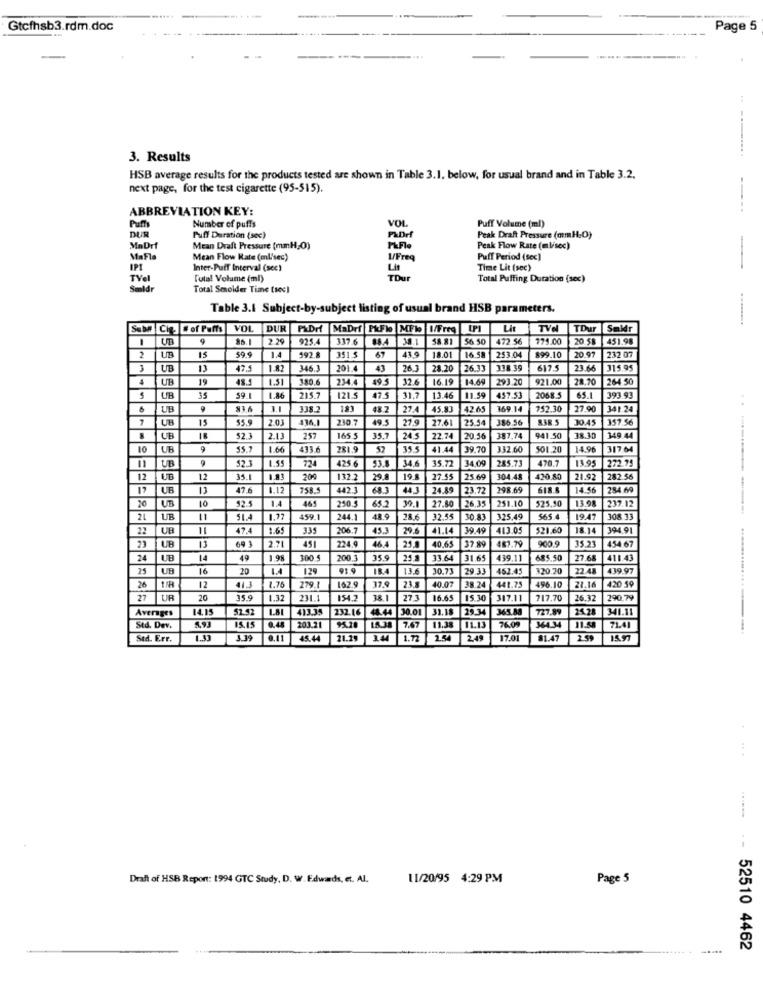
Gtcfhsb3.rdm.doc
Page 5
....
..........
3. Results
HSB average results for the products tested are shown in Table 3.1. below, for usual brand and in Table 3.2.
next page, for the test cigarette (95-515).
ABBREVIATION KEY:
Puffy
VOL
DUR
Number of puffs
Puff Volume (ml)
Puff Duration (sec)
Peak Draft Pressure (mmH:O)
MaDrf
Mean Draft Pressure (mmH;O)
Peak Flow Rate (mlisec)
MaFla
Mean Flow Rate (ml/sec)
1/Freq
Puff Period (sec]
IPI
Inter-Puff Interval (sec)
Lit
Time Lit (sec)
TVel
Total Volume (ml)
TDur
Total Puffing Duration (sec)
Total Smolder Time (sec)
Table 3.1 Subject-by-subject listing of usual brand HSB parameters.
Sub# Cig. #of Puffs
VOL
DUR PADrf MaDrf P&Fko MFW I/Freq [PI
TVel
TDur Saldr
UB
925.4
117.6
38.1
58.81
56.50
472.56
175.00
20.58
451.98
43.9
2
UB
15
59.
1.4
192.8
351 5
67
18.01
253.04
899.10
20.97
232 07
3
UB
47,5
1.82
346.3
201.4
43
26 3
28.20
26.33
318 39
617.5
23.66
315.95
4
UB
19
48.4
4.51
380.6
234.4
495
32.6
16.19
14.69
293.20
921.00
28.70
264 50
S
UB
35
1.86
215
121.5
475
31.7
13.46
457.51
2068.5
65.1
393.93
UB
9
1.1
338.2
183
48.2
27.4
45.83
42.65
169.14
752.30
27.9
341.24
UB
15
55.9
2.03
230.7
495
27.9
27.6
25.54
386.56
838.5
30.45
357.56
52.3
2.13
257
165.5
35.7
24.5
22.74
20.56
387.74
941.50
38.30
349.44
10
UH
9
55.7
1.66
413.6
281.9
52
35.5
41.44
39.70
332.60
501.20
14.96
317.64
UN
9
1.55
425.6
34.6
35.72
34.00
285.73
470.7
13.95
272.73
52.3
53.
12
UB
12
35.1
200
132.2
29.8
19.8
27.55
25.69
304.48
420.80
21.92
282.56
17
UB
13
47 6
1.12
758.5
4423
443
24.89
23.72
298.69
618.8
14.56
284.69
20
UB
10
1.4
465
250.5
65.2
39.1
27.80
26.35
251.10
525.50
13.98
237.12
52.5
21
11
1.97
459.1
244.1
28.6
32.55
30.83
325.49
565.4
1947
308 33
22
UB
47.4
1.65
33
206.7
45.3
29.6
41.14
39.49
413.05
$21.60
18.14
39491
2.71
900.9
35.23
23
UB
13
69 3
451
224.9
46
21.
40.65
37.89
487.79
454.67
24
UB
14
49
1.98
100 5
200.3
35.9
33.64
31.65
439.11
685.50
27.68
411.43
25
UB
16
20
129
91.9
13.6
30.73
29 31
462.45
320.20
22.48
439.97
12
496.10
26
413
1.76
279.1
162.9
17.9
23.8
40.07
38.24
41.75
21.16
420 59
27
UR
20
35.9
1.32
231.1
154.2
38.1
27.3
16.65
15.30
317.11
717.70
26.32
290.79
Averages
14.15
52.92
1.8
4133
232.16
44.44
48.44 30.01
30.01
31.18
345.M
727.89
24.28
341.11
203.21
Std. Dev.
5.93
15.15
7.67
11.38
11.13
76.09
64134
11.5
71.41
Std. Err.
3.39
0.11
45.44
21.29
14
1.72
2.54
249
17.01
81.47
15.97
Draft of HSB Report: 1994 GTC Study, D. W. Edwards, et. Al.
11/20/95 4:29 PM
Page 5
52510 4462